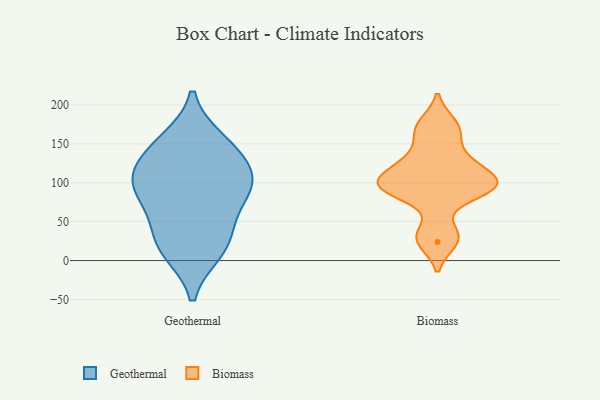
{"axis": {"x": "Energy Usage (MWh)", "y": "Value"}, "legend": ["Biomass", "Geothermal"], "data": [{"x": "", "y": 18, "type": "Geothermal"}, {"x": "", "y": 145, "type": "Geothermal"}, {"x": "", "y": 102, "type": "Geothermal"}, {"x": "", "y": 132, "type": "Geothermal"}, {"x": "", "y": 64, "type": "Geothermal"}, {"x": "", "y": 13, "type": "Geothermal"}, {"x": "", "y": 91, "type": "Geothermal"}, {"x": "", "y": 153, "type": "Geothermal"}, {"x": "", "y": 100, "type": "Geothermal"}, {"x": "", "y": 33, "type": "Geothermal"}, {"x": "", "y": 99, "type": "Geothermal"}, {"x": "", "y": 131, "type": "Biomass"}, {"x": "", "y": 106, "type": "Biomass"}, {"x": "", "y": 97, "type": "Biomass"}, {"x": "", "y": 88, "type": "Biomass"}, {"x": "", "y": 96, "type": "Biomass"}, {"x": "", "y": 176, "type": "Biomass"}, {"x": "", "y": 121, "type": "Biomass"}, {"x": "", "y": 35, "type": "Biomass"}, {"x": "", "y": 93, "type": "Biomass"}, {"x": "", "y": 162, "type": "Biomass"}, {"x": "", "y": 24, "type": "Biomass"}]}